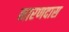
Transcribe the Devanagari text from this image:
नारणदास